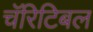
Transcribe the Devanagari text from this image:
चॅरिटिबल